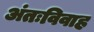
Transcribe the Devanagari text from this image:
अंतःविवाह